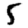
Digit: 5